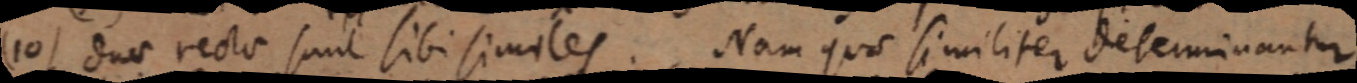
(10) duae rectae sunt sibi similes. Nam quae similiter determinantur